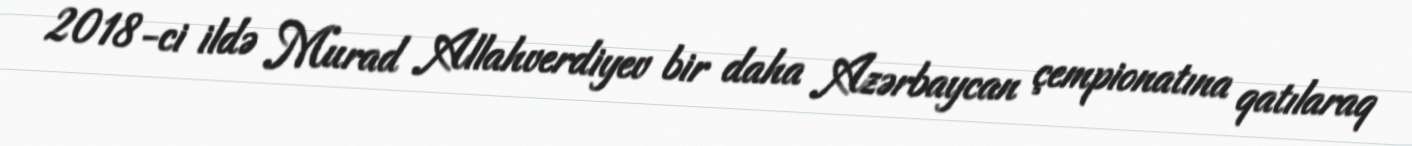
2018-ci ildə Murad Allahverdiyev bir daha Azərbaycan çempionatına qatılaraq